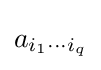
a_{i_{1}\cdots i_{q}}